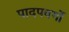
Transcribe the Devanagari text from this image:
पादपवर्गो